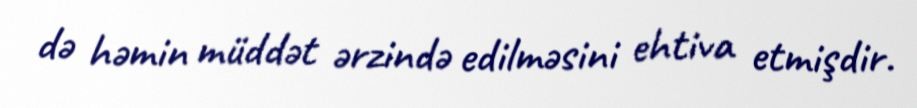
də həmin müddət ərzində edilməsini ehtiva etmişdir.